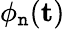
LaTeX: \phi_{\mathtt{n}}(\textbf{{t}})